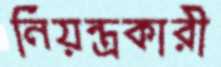
নিয়ন্ত্রকারী